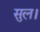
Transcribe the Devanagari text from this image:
सुल।